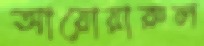
আয়োয়ারুল